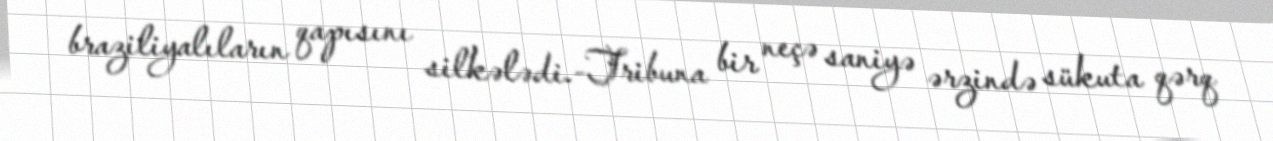
braziliyalıların qapısını silkələdi.-Tribuna bir neçə saniyə ərzində sükuta qərq